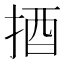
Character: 𢭳